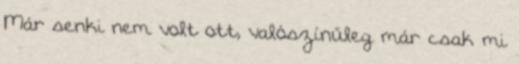
Már senki nem volt ott, valószínűleg már csak mi